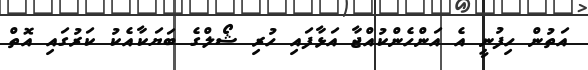
އަތުން ހިފުނީ އެ އަންހެންކުއްޖާ އަޅާފައި ހުރި ޝޯލްގެ ބަޔަކާއެކު ކަރުގައި އޮތް